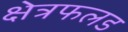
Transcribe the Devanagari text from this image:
क्षेत्रफलड